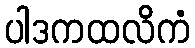
ပါဒကထလိကံ